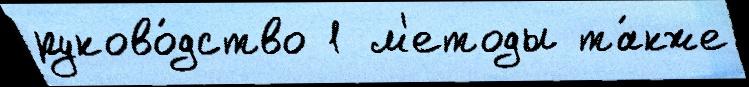
руково́дство 1 м'етоды та́кже